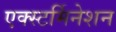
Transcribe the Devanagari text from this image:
एक्स्टर्मिनेशन